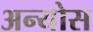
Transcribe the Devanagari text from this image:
अन्योस